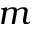
m